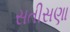
સતીસણા